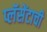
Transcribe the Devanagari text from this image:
प्लॅसेंटाची